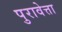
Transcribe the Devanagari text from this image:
पुरावेत्ता